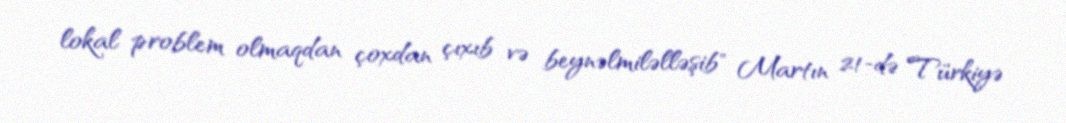
lokal problem olmaqdan çoxdan çıxıb və beynəlmiləlləşib" Martın 21-də Türkiyə